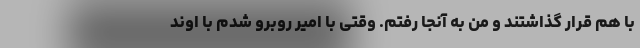
با هم قرار گذاشتند و من به آنجا رفتم. وقتی با امیر روبرو شدم با اوند